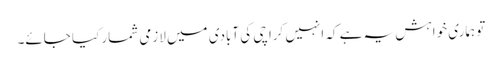
تو ہماری خواہش یہ ہے کہ انہیں کراچی کی آبادی میں لازمی شمار کیا جائے۔